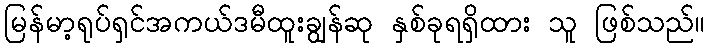
မြန်မာ့ရုပ်ရှင်အကယ်ဒမီထူးချွန်ဆု နှစ်ခုရရှိထား သူ ဖြစ်သည်။